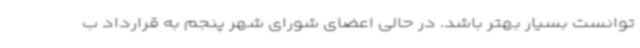
توانست بسیار بهتر باشد. در حالی اعضای شورای شهر پنجم به قرارداد ب